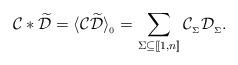
LaTeX: \begin{align*} \mathcal{C}*\widetilde{\mathcal{D}} = \langle\mathcal{C}\widetilde{\mathcal{D}}\rangle_{_0} = \sum_{\Sigma\subseteq [\![1,n]\!]} \mathcal{C}_{_\Sigma}\mathcal{D}_{_\Sigma}. \end{align*}